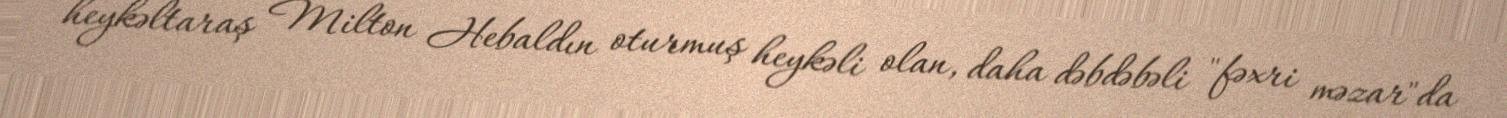
heykəltaraş Milton Hebaldın oturmuş heykəli olan, daha dəbdəbəli "fəxri məzar"da